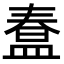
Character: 𭾇